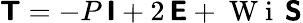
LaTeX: \boldsymbol{\mathsf{T}}=-P\, \boldsymbol{\mathsf{I}}+2\, \boldsymbol{\mathsf{E}}+\mathrm{~W~i~}\, \boldsymbol{\mathsf{S}}